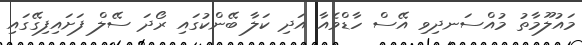
މައުލޫމާތު މުއްސަނދިވި އޭސް ހާޑްވެއާ އަދި ކަލާ ބޭންކުގައި ރޯދަ ސޭލް ފަށައިފިގޭގައި